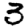
Digit: 3